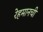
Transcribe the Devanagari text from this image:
रेहमानची